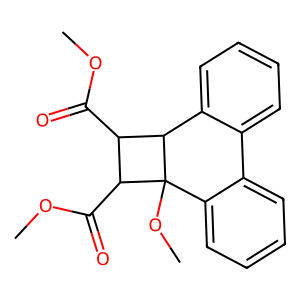
SMILES: COC(=O)C1C(C(=O)OC)C2(OC)c3ccccc3-c3ccccc3C12
Inhibits HIV replication: No